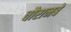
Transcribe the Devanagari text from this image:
चौरानबे